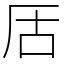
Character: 㕆